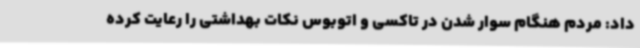
داد: مردم هنگام سوار شدن در تاکسی و اتوبوس نکات بهداشتی را رعایت کرده